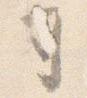
司